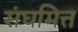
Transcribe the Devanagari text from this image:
संघमित्त